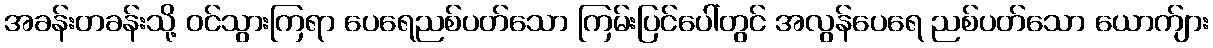
အခန်းတခန်းသို့ ဝင်သွားကြရာ ပေရေညစ်ပတ်သော ကြမ်းပြင်ပေါ်တွင် အလွန်ပေရေ ညစ်ပတ်သော ယောက်ျား